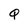
Character: Q